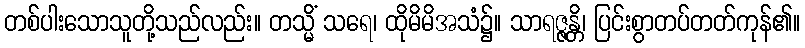
တစ်ပါးသောသူတို့သည်လည်း။ တသ္မိံ သရေ၊ ထိုမိမိအသံ၌။ သာရဇ္ဇန္တိ၊ ပြင်းစွာတပ်တတ်ကုန်၏။